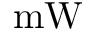
\mathrm { m W }